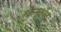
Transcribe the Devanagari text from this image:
स्कैनकोड